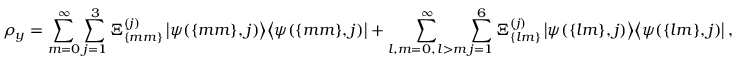
\rho _ { y } = \sum _ { m = 0 } ^ { \infty } \sum _ { j = 1 } ^ { 3 } \Xi _ { \{ m m \} } ^ { ( j ) } \left| \psi ( \{ m m \} , j ) \middle > \middle < \psi ( \{ m m \} , j ) \right| + \sum _ { \substack { l , m = 0 , \, l > m } } ^ { \infty } \sum _ { j = 1 } ^ { 6 } \Xi _ { \{ l m \} } ^ { ( j ) } \left| \psi ( \{ l m \} , j ) \middle > \middle < \psi ( \{ l m \} , j ) \right| ,